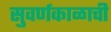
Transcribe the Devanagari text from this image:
सुवर्णकाळाची